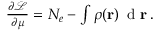
\begin{array} { r } { \frac { \partial \mathcal { L } } { \partial \mu } = N _ { e } - \int \rho ( \mathbf { r } ) \, \mathrm { ~ d ~ } \mathbf { r } \, . } \end{array}